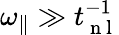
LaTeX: {\omega_{\parallel}}\gg t_{\mathrm{~n~l~}}^{-1}